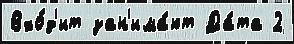
Вхо́д'ит зан'има́ют Да́та 2